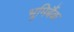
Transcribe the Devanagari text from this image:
भूमिबैंक